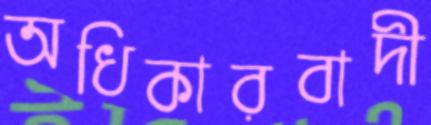
অধিকারবাদী